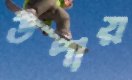
উপায়